Bombay plague: being a history of the progress of plague in the Bombay presidency from September 1896 to June 1899
Year: 1896
Disease focus: Plague
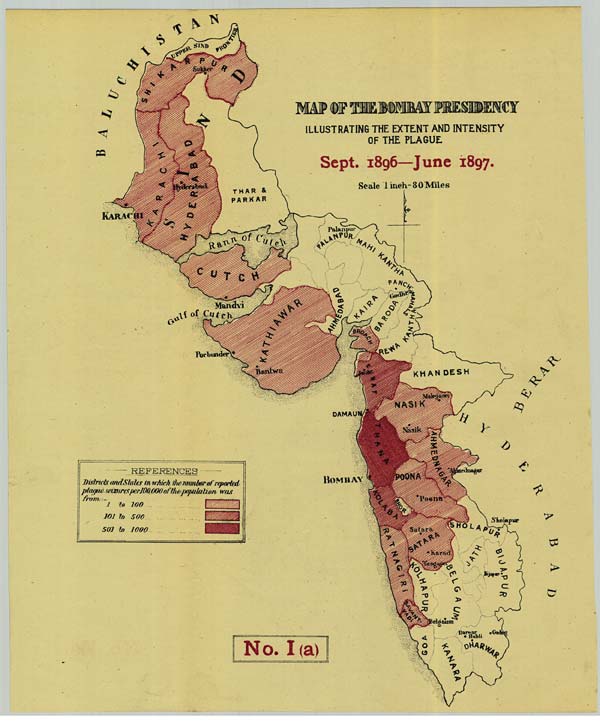
No. I (a)